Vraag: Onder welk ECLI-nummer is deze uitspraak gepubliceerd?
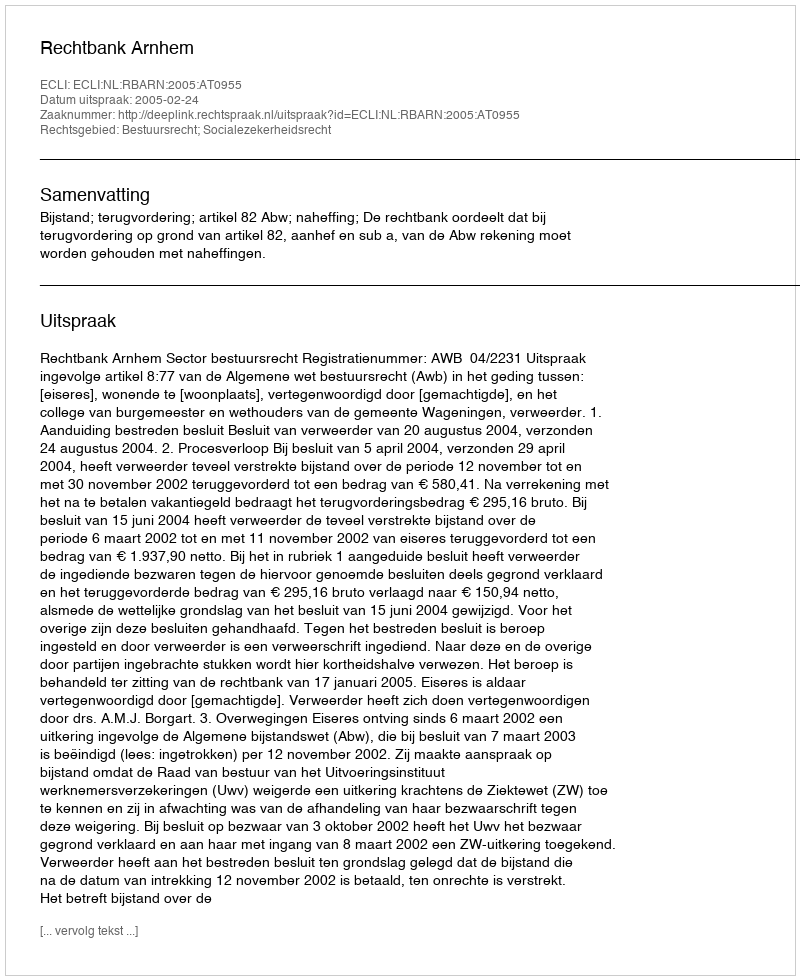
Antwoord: ECLI:NL:RBARN:2005:AT0955